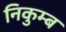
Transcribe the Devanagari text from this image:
निकुम्ब